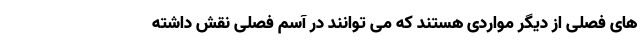
های فصلی از دیگر مواردی هستند که می توانند در آسم فصلی نقش داشته